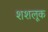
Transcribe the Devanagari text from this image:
शशलूक